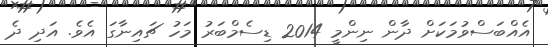
އެއްބަސްވުމަކަށް ދާން ނިންމީ 2014 ޑިސެމްބަރު މަހު ޗައިނާގަ އެވެ. އަދި ދެ